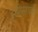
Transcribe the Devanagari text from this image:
इडीआपम